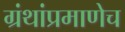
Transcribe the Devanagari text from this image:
ग्रंथांप्रमाणेच